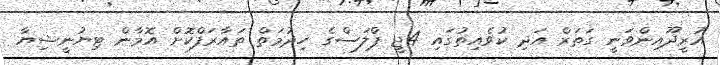
އުރީދޫއިންވަނީ ގަތަރް އަދި ކުވެއިތުގައި 4ޖީ ޕްލަސްގެ ހިދުމަތް ތައާރަފްކޮށް އޮމާން ޓިޔުނީޝިޔާ